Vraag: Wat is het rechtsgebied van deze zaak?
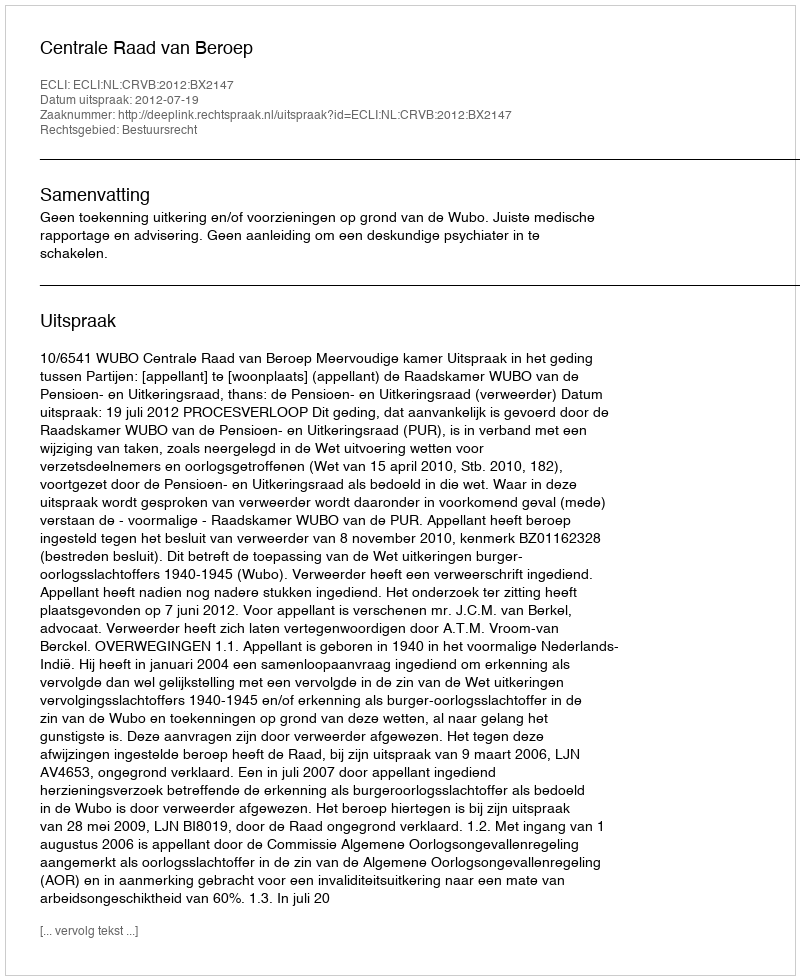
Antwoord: Bestuursrecht